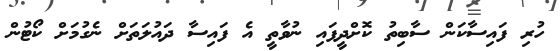
ހުރި ފައިސާކަން ސާބިތު ކޮށްދީފައި ނުވާތީ އެ ފައިސާ ދައުލަތަށް ނެގުމަށް ކޯޓުން